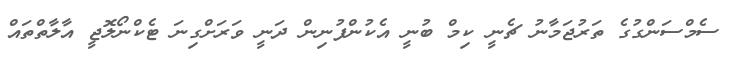
ސެމްސަންގުގެ ތަރުޖަމާނު ޗެނީ ކިމް ބުނީ އެކުންފުނިން ދަނީ ވަރަށްގިނަ ޓެކްނޯލޮޖީ އާލާތްތައް